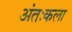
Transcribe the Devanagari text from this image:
अंतःकला